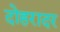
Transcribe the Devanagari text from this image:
दोहरादर